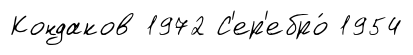
Кондаков 1972 С'ер'ебро́ 1954